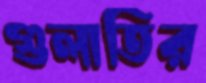
গুলাতির